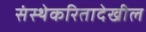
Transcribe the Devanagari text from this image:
संस्थेकरितादेखील